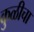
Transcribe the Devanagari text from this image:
कुळीचा